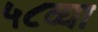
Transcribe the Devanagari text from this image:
५८व्या